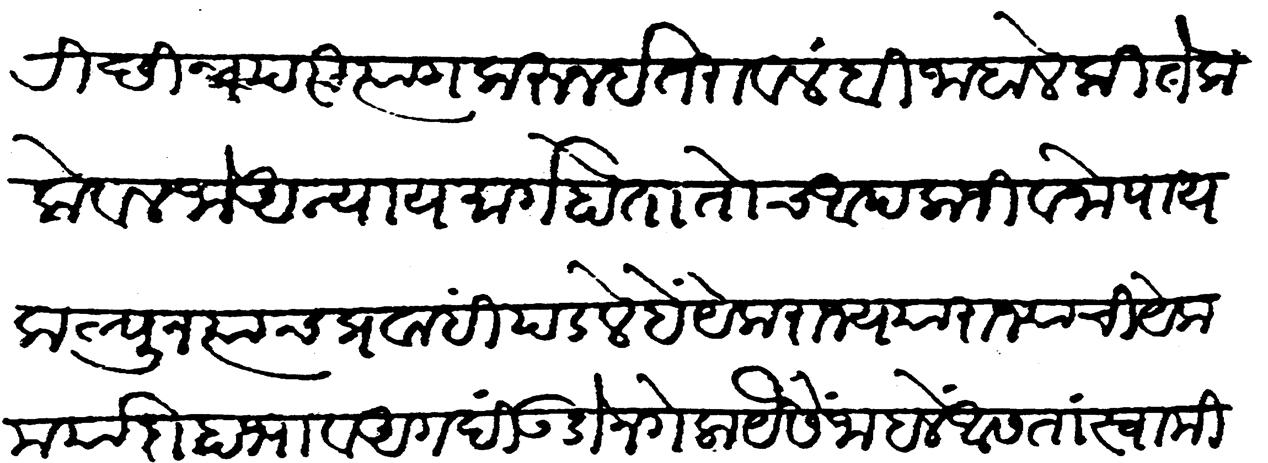
Transliteration (Devanagari): परिच्छिन्न परित्याग करून इतरावलंबी जाहाले कितेक केवल जो अन्याय मार्ग होता तोच आपला जीवनोपाय कल्पून त्याच प्रवाहीं पडले हे येक राज्य या राज्याची येक मर्यादा हा भाव अगदी उडोन गेला यैसे जाहाले आसता स्वामीनी